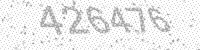
Solution: 426476